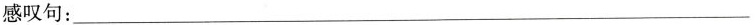
感叹句：___